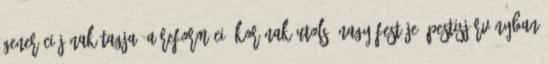
generációjának tagja, a reformáció korának utolsó nagy festője, pestisjárványban